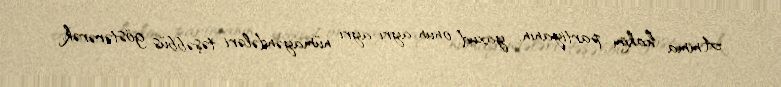
Amma hakim partiyanın, yaxud onun ayrı-ayrı nümayəndələri təşəbbüs göstərərək,